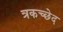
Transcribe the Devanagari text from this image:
त्रकच्छेद